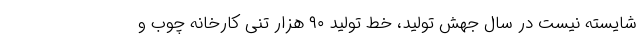
شایسته نیست در سال جهش تولید، خط تولید ۹۰ هزار تُنی کارخانه چوب و